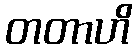
တတာဟိ